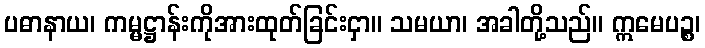
ပဓာနာယ၊ ကမ္မဋ္ဌာန်းကိုအားထုတ်ခြင်းငှာ။ သမယာ၊ အခါတို့သည်။ ဣမေပဉ္စ၊